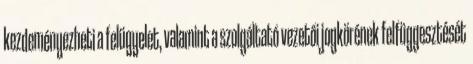
kezdeményezheti a felügyelet, valamint a szolgáltató vezetői jogkörének felfüggesztését